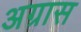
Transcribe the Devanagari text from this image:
अग्रास